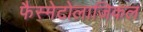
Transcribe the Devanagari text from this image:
फैस्मेटोलाजिकल